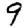
Digit: 9